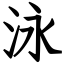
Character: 泳